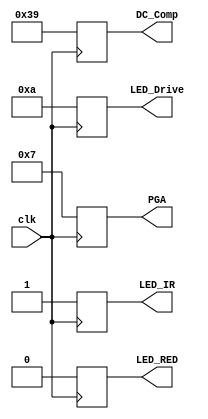
//Verilog HDL for "HDL_Lab_vhdlp1", "Initial_Values" "functional"
module Initial_Values (clk, LED_IR, LED_RED, DC_Comp, LED_Drive, PGA);
	input clk;
	output reg LED_IR, LED_RED;
	output reg [6:0] DC_Comp;
	output reg [3:0] LED_Drive, PGA;
	always@(posedge clk) begin
		LED_IR <= 1;
		LED_RED <= 0;
		DC_Comp <= 57;
		LED_Drive <= 10;
		PGA <= 7;
	end
endmodule